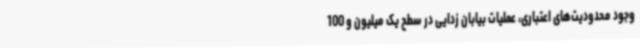
وجود محدودیت‌های اعتباری، عملیات بیابان زدایی در سطح یک میلیون و 100